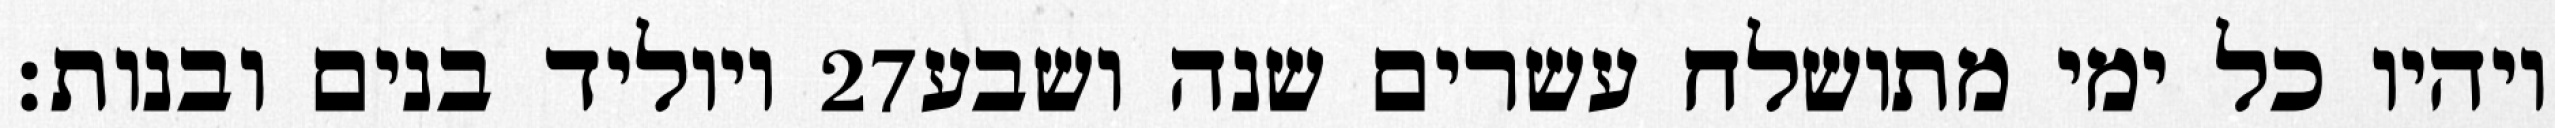
ויוליד בנים ובנות׃ ‎27‏ ויהיו כל ימי מתושלח עשרים שנה ושבע